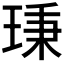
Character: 𤦋